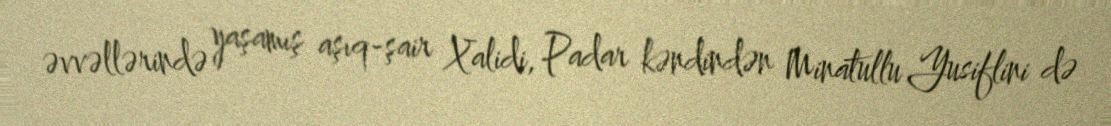
əvvəllərində yaşamış aşıq-şair Xalidi, Padar kəndindən Minatullu Yusiflini də